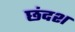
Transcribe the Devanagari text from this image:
छंदश